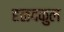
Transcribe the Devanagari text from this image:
हळदकुल